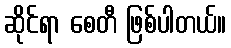
ဆိုင်ရာ စေတီ ဖြစ်ပါတယ်။